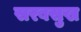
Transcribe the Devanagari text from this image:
सरबसुख